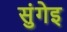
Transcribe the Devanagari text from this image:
सुंगेइ